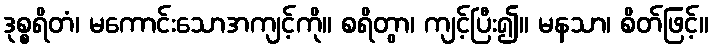
ဒုစ္စရိတံ၊ မကောင်းသောအကျင့်ကို။ စရိတွာ၊ ကျင့်ပြီး၍။ မနသာ၊ စိတ်ဖြင့်။